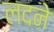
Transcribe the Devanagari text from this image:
लदने